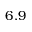
6 . 9